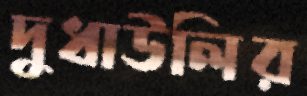
দুধাউলির